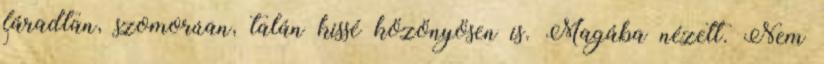
fáradtan, szomorúan, talán kissé közönyösen is. Magába nézett. Nem